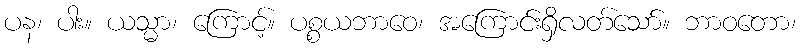
ပန၊ ပါး။ ယသ္မာ၊ ကြောင့်။ ပစ္စယဘာဝေ၊ အကြောင်းရှိလတ်သော်။ ဘာဝတော၊